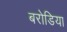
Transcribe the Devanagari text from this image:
बरोडिया